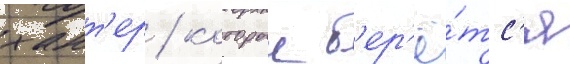
хант'ер / которыи б'ер'ё́тс'я